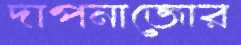
দাপনাজোর